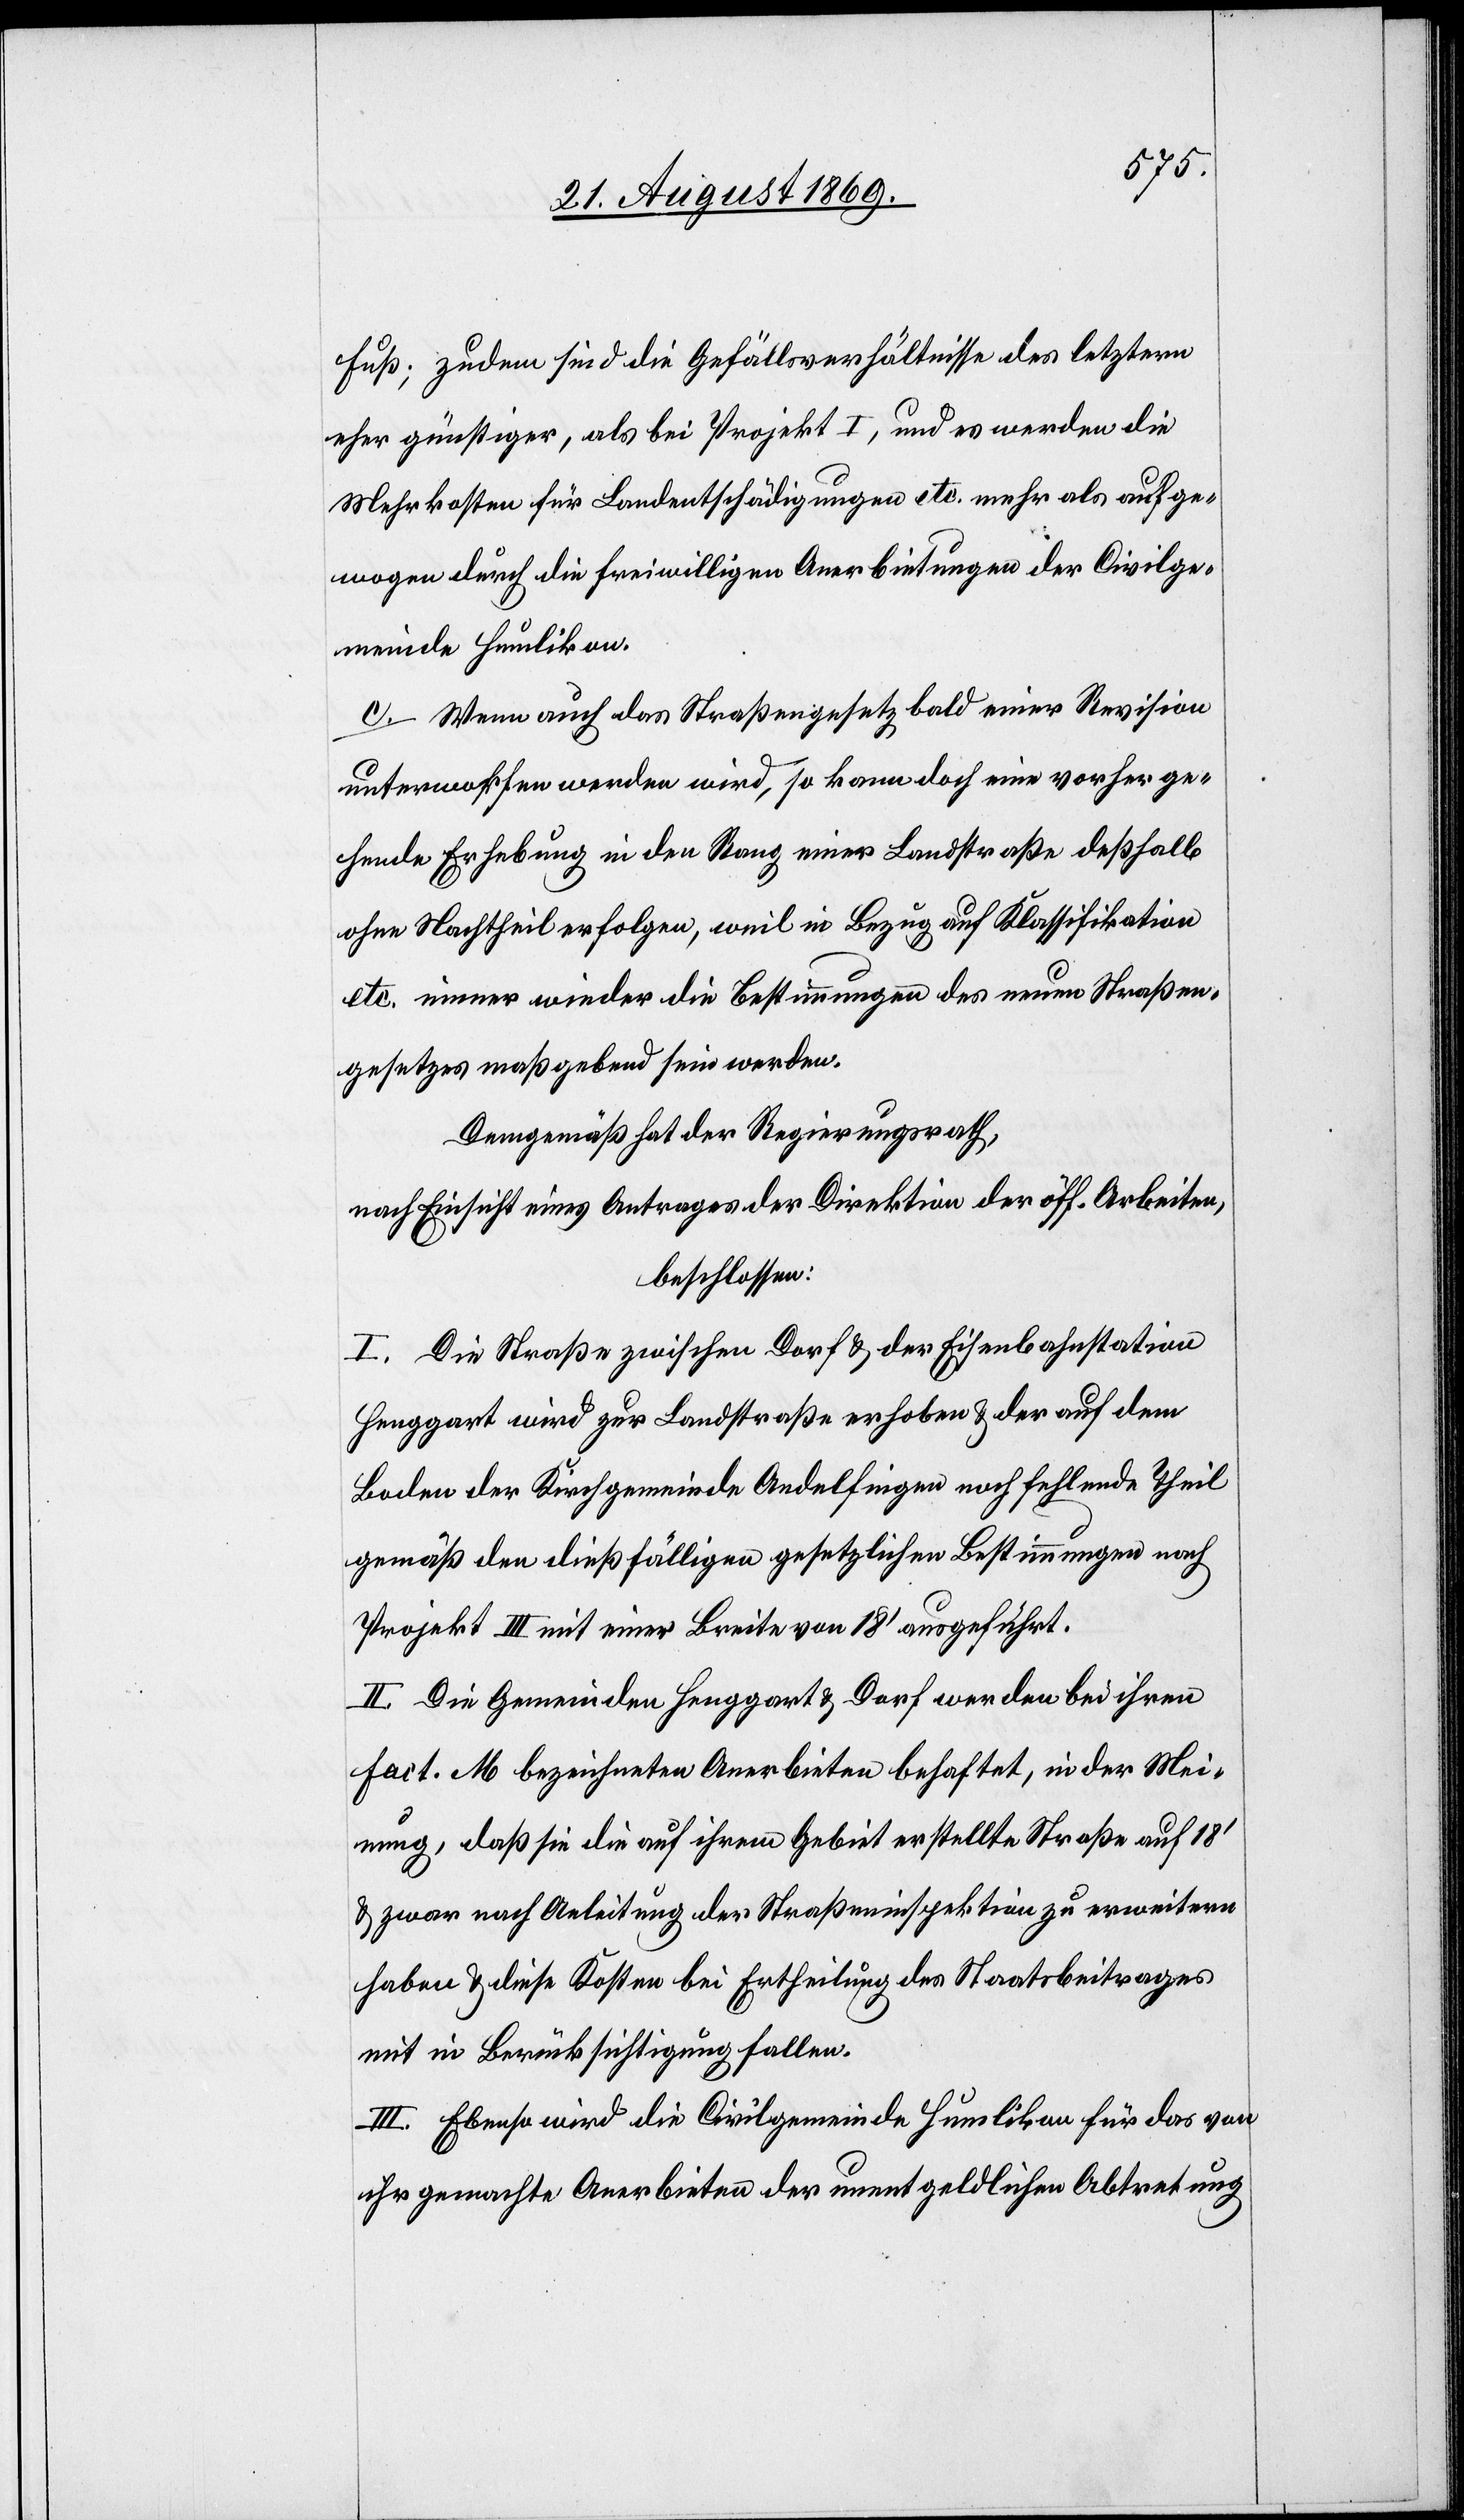
Fuß; zudem sind die Gefällsverhältnisse des letztern
eher günstiger, als bei Projekt I, und es werden die
Mehrkosten für Landentschädigungen etc. mehr als aufge¬
wogen durch die freiwilligen Anerbietungen der Civilge¬
meinde Humlikon.
c. Wenn auch das Straßengesetz bald einer Revision
unterworfen werden wird, so kann doch eine vorherge¬
hende Erhebung in den Rang einer Landstraße deßhalb
ohne Nachtheil erfolgen, weil in Bezug auf Klassifikation
etc. immer wieder die Bestimmungen des neuen Straßen¬
gesetzes maßgebend sein werden.
Demgemäß hat der Regierungsrath,
nach Einsicht eines Antrages der Direktion der öff. Arbeiten,
beschlossen:
I. Die Straße zwischen Dorf & der Eisenbahnstation
Henggart wird zur Landstraße erhoben & der auf dem
Boden der Kirchgemeinde Andelfingen noch fehlende Theil
gemäß den dießfälligen gesetzlichen Bestimmungen nach
Projekt III mit einer Breite von 18‘ ausgeführt.
II. Die Gemeinden Henggart & Dorf werden bei ihren
Fact. M bezeichneten Anerbieten behaftet [sic!], in der Mei¬
nung, daß sie die auf ihrem Gebiet erstellte Straße auf 18‘
& zwar nach Anleitung der Straßeninspektion zu erweitern
haben & diese Kosten bei Ertheilung des Staatsbeitrages
mit in Berücksichtigung fallen.
III. Ebenso wird die Civilgemeinde Humlikon für das von
ihr gemachte Anerbieten der unentgeldlichen Abtretung